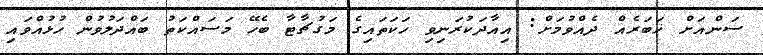
ސަންއަށް ޚަބަރެއް ދެއްވުމަށް: އިއާދަކުރަނިވި ހަކަތައިގެ މަގުޗާޓާ ބެހޭ މަސައްކަތު ބައްދަލުވުން ހުޅުއްވައި